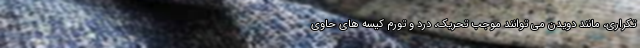
تکراری، مانند دویدن می توانند موجب تحریک، درد و تورم کیسه های حاوی